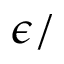
\epsilon /